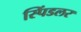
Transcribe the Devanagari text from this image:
स्पिंडलर